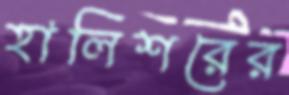
হালিশরের